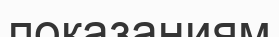
показаниям